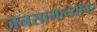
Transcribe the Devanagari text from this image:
जनसामान्यांवर